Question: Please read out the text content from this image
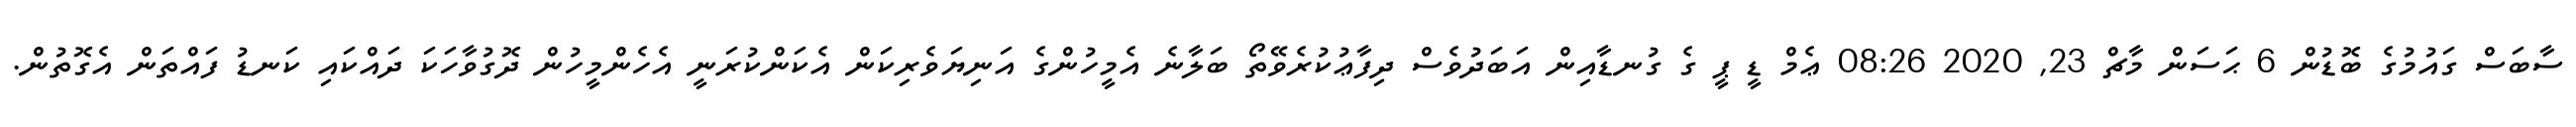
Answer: ސާބަސް ގައުމުގެ ބޮޑުން 6 ޙަސަން މާޗް 23, 2020 08:26 ޢެމް ޑީ ޕީ ގެ ގުނޑާއިން އަބަދުވެސް ދިފާޢުކުރެވޭތޯ ބަލާނެ އެމީހުންގެ އަނިޔަވެރިކަން އެކަންކުރަނީ އެހެންމީހުން ދޮގުވާހަކަ ދައްކައި ކަނޑު ފައްތަން އެގޮތުން.